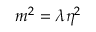
m ^ { 2 } = \lambda \eta ^ { 2 }